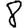
Digit: 8